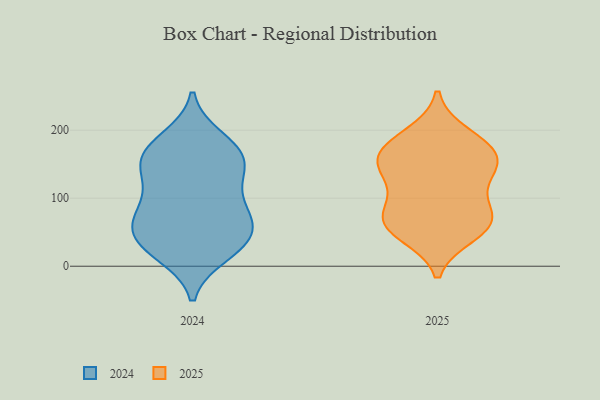
{"axis": {"x": "Backlog", "y": "Value"}, "legend": ["2024", "2025"], "data": [{"x": "", "y": 137, "type": "2025"}, {"x": "", "y": 169, "type": "2025"}, {"x": "", "y": 142, "type": "2025"}, {"x": "", "y": 65, "type": "2025"}, {"x": "", "y": 87, "type": "2025"}, {"x": "", "y": 193, "type": "2025"}, {"x": "", "y": 179, "type": "2025"}, {"x": "", "y": 159, "type": "2025"}, {"x": "", "y": 121, "type": "2025"}, {"x": "", "y": 57, "type": "2025"}, {"x": "", "y": 67, "type": "2025"}, {"x": "", "y": 70, "type": "2025"}, {"x": "", "y": 161, "type": "2025"}, {"x": "", "y": 47, "type": "2025"}, {"x": "", "y": 84, "type": "2024"}, {"x": "", "y": 187, "type": "2024"}, {"x": "", "y": 57, "type": "2024"}, {"x": "", "y": 66, "type": "2024"}, {"x": "", "y": 116, "type": "2024"}, {"x": "", "y": 90, "type": "2024"}, {"x": "", "y": 30, "type": "2024"}, {"x": "", "y": 155, "type": "2024"}, {"x": "", "y": 18, "type": "2024"}, {"x": "", "y": 142, "type": "2024"}, {"x": "", "y": 158, "type": "2024"}, {"x": "", "y": 45, "type": "2024"}, {"x": "", "y": 175, "type": "2024"}, {"x": "", "y": 24, "type": "2024"}, {"x": "", "y": 41, "type": "2024"}, {"x": "", "y": 139, "type": "2024"}, {"x": "", "y": 73, "type": "2024"}, {"x": "", "y": 171, "type": "2024"}]}